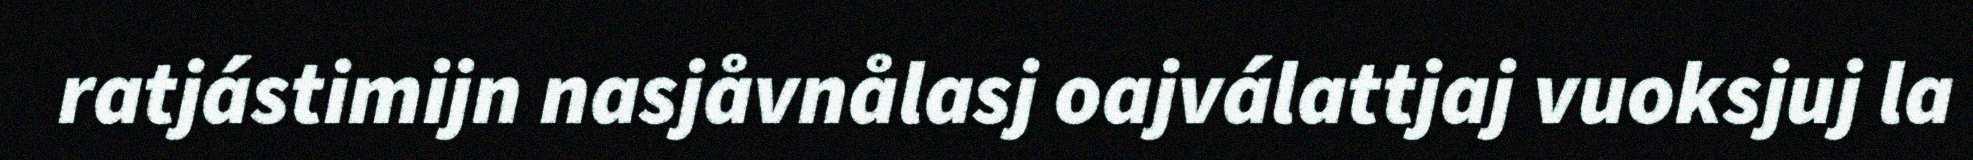
ratjástimijn nasjåvnålasj oajválattjaj vuoksjuj la